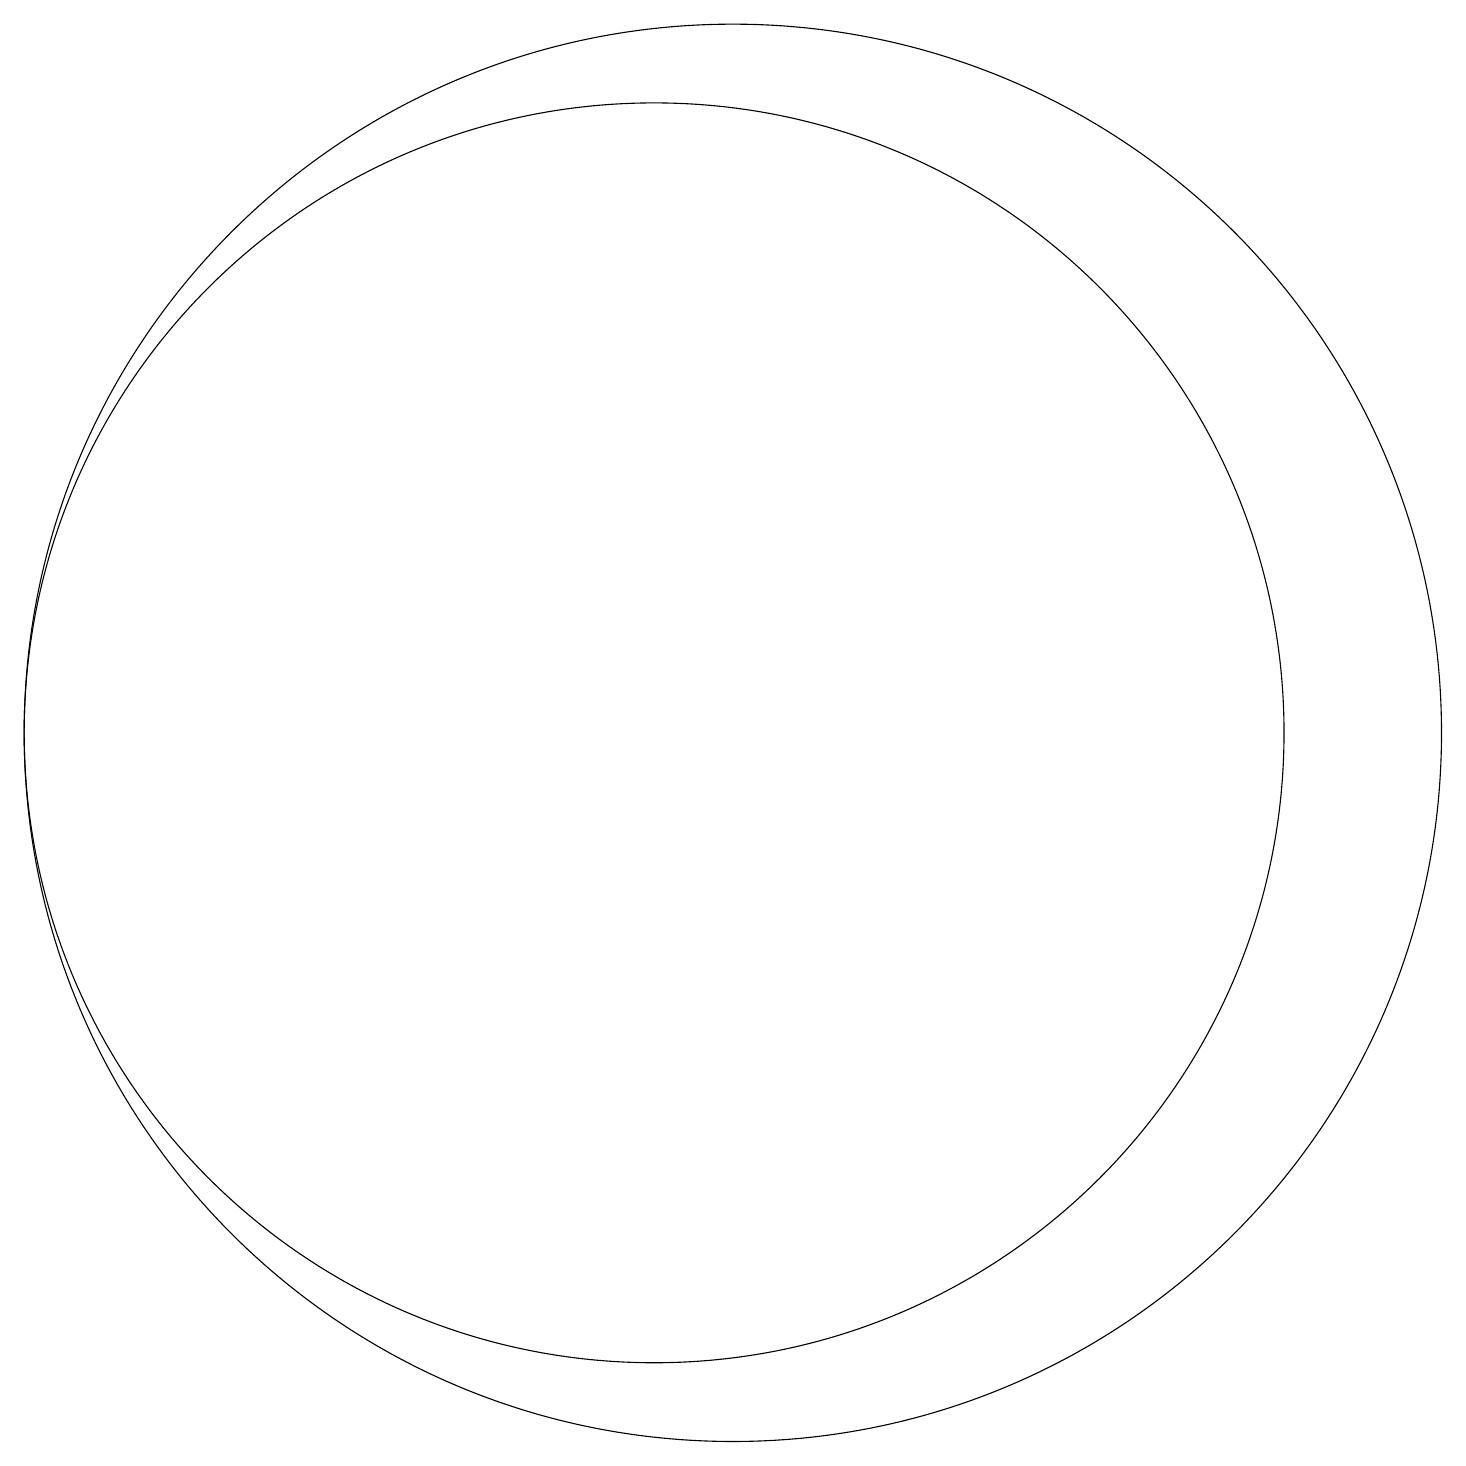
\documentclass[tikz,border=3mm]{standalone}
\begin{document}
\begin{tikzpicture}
\draw (11,10) circle (0);
\draw (10,10) circle (8);
\draw (11,10) circle (9);
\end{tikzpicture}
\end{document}